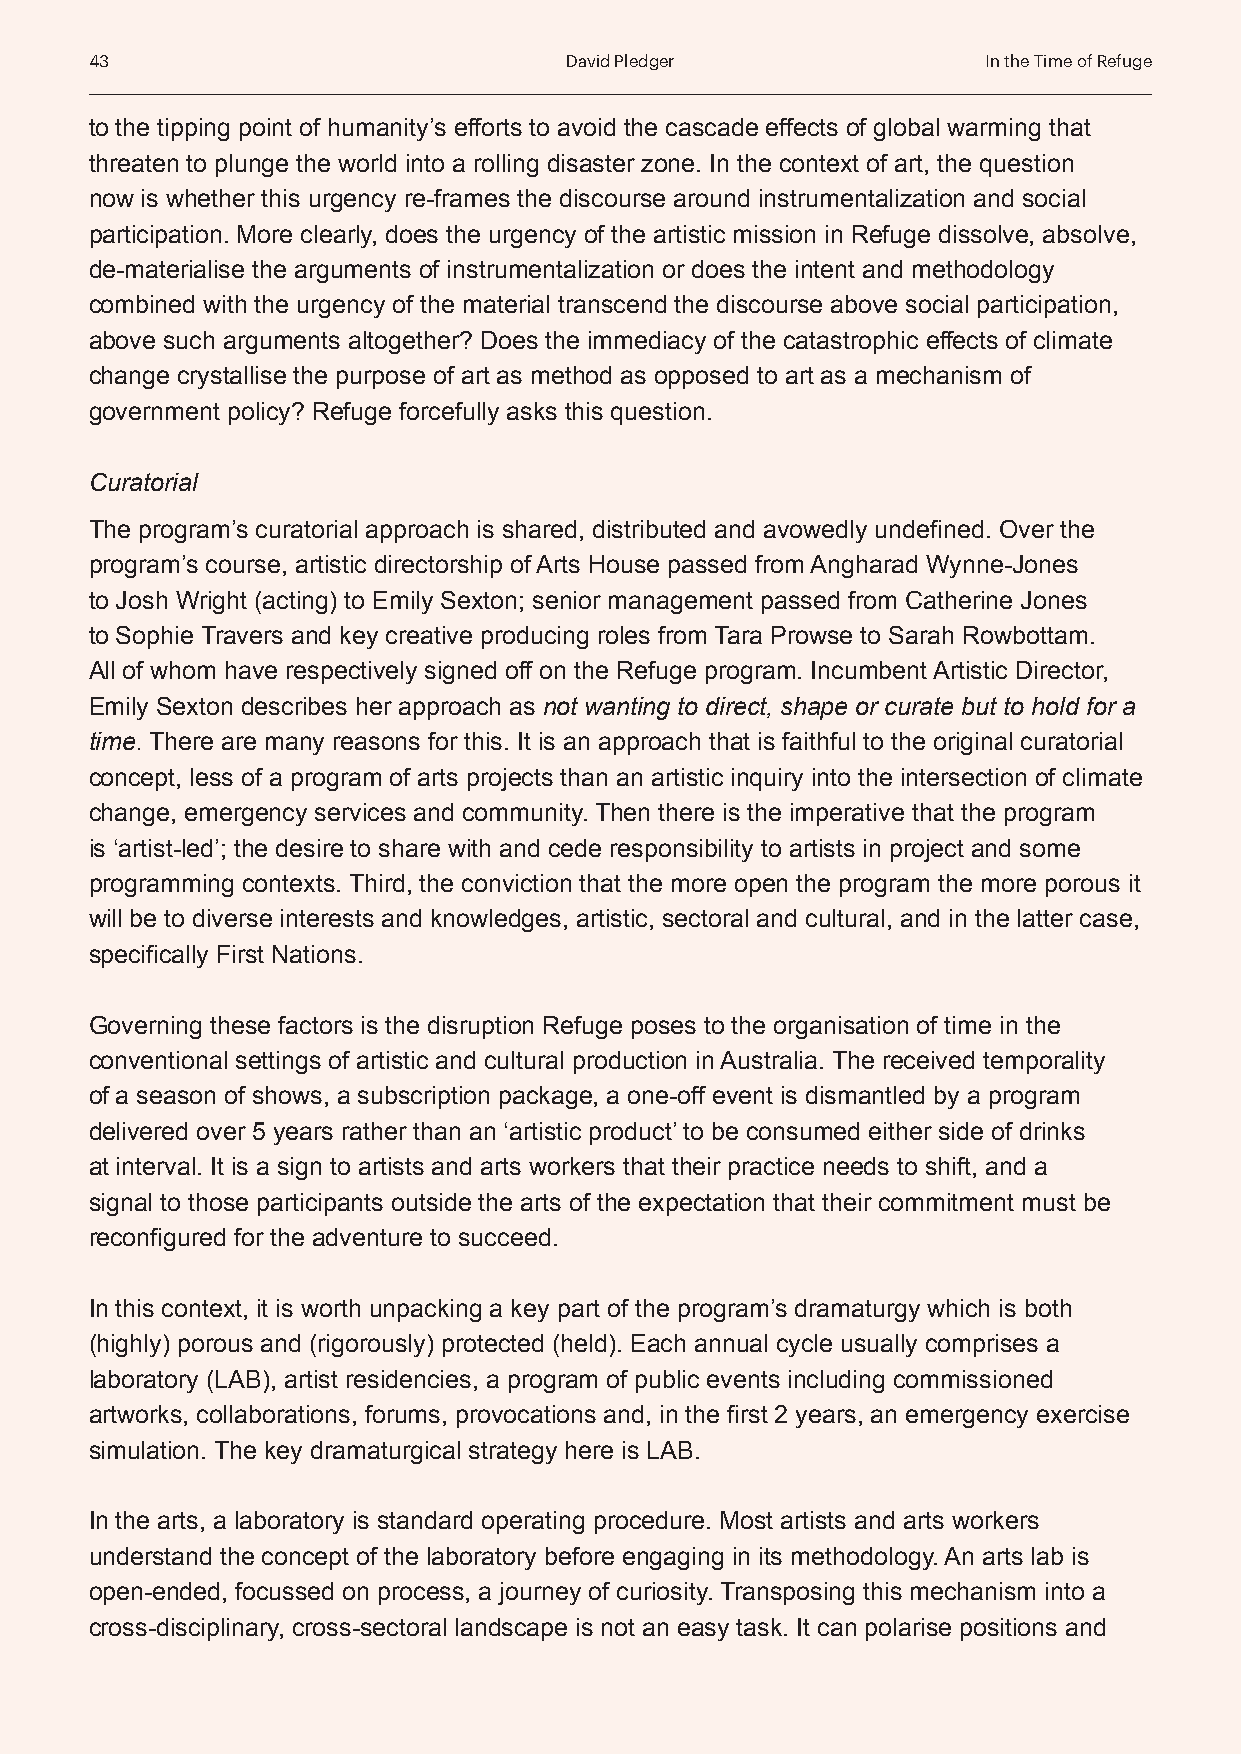
43                             David Pledger               In the Time of Refuge
 to the tipping point of humanity’s efforts to avoid the cascade effects of global warming that
 threaten to plunge the world into a rolling disaster zone. In the context of art, the question
 now is whether this urgency re-frames the discourse around instrumentalization and social
 participation. More clearly, does the urgency of the artistic mission in Refuge dissolve, absolve,
 de-materialise the arguments of instrumentalization or does the intent and methodology
 combined with the urgency of the material transcend the discourse above social participation,
 above such arguments altogether? Does the immediacy of the catastrophic effects of climate
 change crystallise the purpose of art as method as opposed to art as a mechanism of
 government policy? Refuge forcefully asks this question.
 Curatorial
 The program’s curatorial approach is shared, distributed and avowedly undefined. Over the
 program’s course, artistic directorship of Arts House passed from Angharad Wynne-Jones
 to Josh Wright (acting) to Emily Sexton; senior management passed from Catherine Jones
 to Sophie Travers and key creative producing roles from Tara Prowse to Sarah Rowbottam.
 All of whom have respectively signed off on the Refuge program. Incumbent Artistic Director,
 Emily Sexton describes her approach as not wanting to direct, shape or curate but to hold for a
 time. There are many reasons for this. It is an approach that is faithful to the original curatorial
 concept, less of a program of arts projects than an artistic inquiry into the intersection of climate
 change, emergency services and community. Then there is the imperative that the program
 is ‘artist-led’; the desire to share with and cede responsibility to artists in project and some
 programming contexts. Third, the conviction that the more open the program the more porous it
 will be to diverse interests and knowledges, artistic, sectoral and cultural, and in the latter case,
 specifically First Nations.
 Governing these factors is the disruption Refuge poses to the organisation of time in the
 conventional settings of artistic and cultural production in Australia. The received temporality
 of a season of shows, a subscription package, a one-off event is dismantled by a program
 delivered over 5 years rather than an ‘artistic product’ to be consumed either side of drinks
 at interval. It is a sign to artists and arts workers that their practice needs to shift, and a
 signal to those participants outside the arts of the expectation that their commitment must be
 reconfigured for the adventure to succeed.
 In this context, it is worth unpacking a key part of the program’s dramaturgy which is both
 (highly) porous and (rigorously) protected (held). Each annual cycle usually comprises a
 laboratory (LAB), artist residencies, a program of public events including commissioned
 artworks, collaborations, forums, provocations and, in the first 2 years, an emergency exercise
 simulation. The key dramaturgical strategy here is LAB.
 In the arts, a laboratory is standard operating procedure. Most artists and arts workers
 understand the concept of the laboratory before engaging in its methodology. An arts lab is
 open-ended, focussed on process, a journey of curiosity. Transposing this mechanism into a
 cross-disciplinary, cross-sectoral landscape is not an easy task. It can polarise positions and